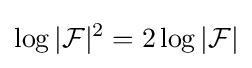
\log |{\mathcal {F}}|^{2}=2\log |{\mathcal {F}}|